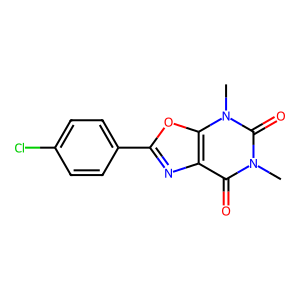
SMILES: Cn1c(=O)c2nc(-c3ccc(Cl)cc3)oc2n(C)c1=O
Inhibits HIV replication: No